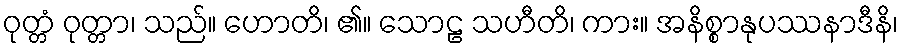
ဝုတ္တံ ဝုတ္တာ၊ သည်။ ဟောတိ၊ ၏။ သောဠ သဟီတိ၊ ကား။ အနိစ္စာနုပဿနာဒီနိ၊